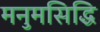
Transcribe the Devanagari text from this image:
मनुमसिद्धि